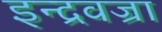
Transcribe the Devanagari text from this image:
इन्द्रवज्रा